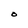
Character: O